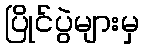
ပြိုင်ပွဲများမှ